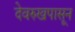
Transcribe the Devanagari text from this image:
देवरुखपासून